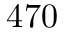
4 7 0